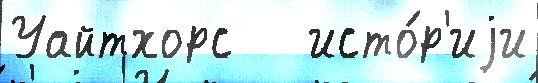
Уайтхорс   исто́р'иjи